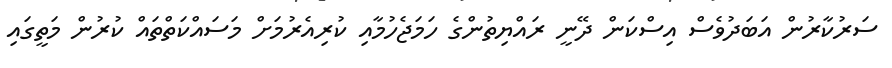
ސަރުކާރުން އަބަދުވެސް އިސްކަން ދޭނީ ރައްޔިތުންގެ ހަމަޖެހުމާއި ކުރިއެރުމަށް މަސައްކަތްތައް ކުރުން މަތީގައި